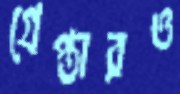
গ্রেপ্তারও